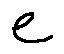
e